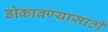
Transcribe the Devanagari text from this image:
डोकावण्यासाठी